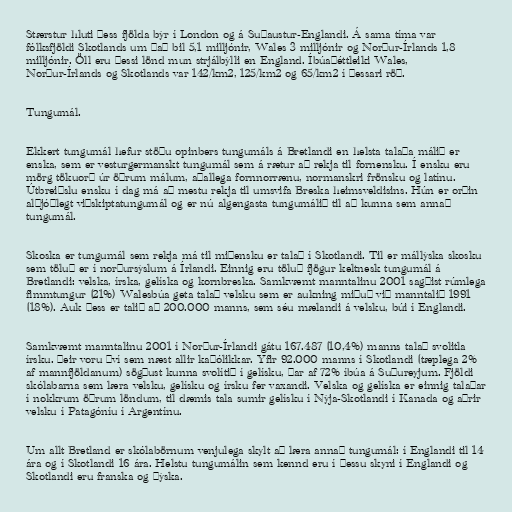
Stærstur hluti þess fjölda býr í London og á Suðaustur-Englandi. Á sama tíma var
fólksfjöldi Skotlands um það bil 5,1 milljónir, Wales 3 milljónir og Norður-Írlands 1,8
milljónir. Öll eru þessi lönd mun strjálbýlli en England. Íbúaþéttleiki Wales,
Norður-Írlands og Skotlands var 142/km2, 125/km2 og 65/km2 í þessari röð.

Tungumál.

Ekkert tungumál hefur stöðu opinbers tungumáls á Bretlandi en helsta talaða málið er
enska, sem er vesturgermanskt tungumál sem á rætur að rekja til fornensku. Í ensku eru
mörg tökuorð úr öðrum málum, aðallega fornnorrænu, normanskri frönsku og latínu.
Útbreiðslu ensku í dag má að mestu rekja til umsvifa Breska heimsveldisins. Hún er orðin
alþjóðlegt viðskiptatungumál og er nú algengasta tungumálið til að kunna sem annað
tungumál.

Skoska er tungumál sem rekja má til miðensku er talað í Skotlandi. Til er mállýska skosku
sem töluð er í norðursýslum á Írlandi. Einnig eru töluð fjögur keltnesk tungumál á
Bretlandi: velska, írska, gelíska og kornbreska. Samkvæmt manntalinu 2001 sagðist rúmlega
fimmtungur (21%) Walesbúa geta talað velsku sem er aukning miðuð við manntalið 1991
(18%). Auk þess er talið að 200.000 manns, sem séu mælandi á velsku, búi í Englandi.

Samkvæmt manntalinu 2001 í Norður-Írlandi gátu 167.487 (10,4%) manns talað svolitla
írsku. Þeir voru því sem næst allir kaþólikkar. Yfir 92.000 manns í Skotlandi (tæplega 2%
af mannfjöldanum) sögðust kunna svolítið í gelísku, þar af 72% íbúa á Suðureyjum. Fjöldi
skólabarna sem læra velsku, gelísku og írsku fer vaxandi. Velska og gelíska er einnig talaðar
í nokkrum öðrum löndum, til dæmis tala sumir gelísku í Nýja-Skotlandi í Kanada og aðrir
velsku í Patagóníu í Argentínu.

Um allt Bretland er skólabörnum venjulega skylt að læra annað tungumál: í Englandi til 14
ára og í Skotlandi 16 ára. Helstu tungumálin sem kennd eru í þessu skyni í Englandi og
Skotlandi eru franska og þýska.